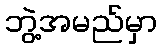
ဘွဲ့အမည်မှာ